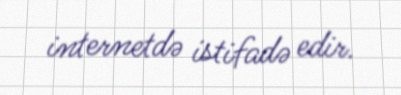
internetdə istifadə edir.